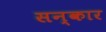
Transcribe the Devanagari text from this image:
सन्कार